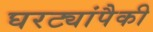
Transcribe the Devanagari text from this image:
घरट्यांपैकी